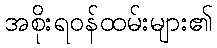
အစိုးရဝန်ထမ်းများ၏